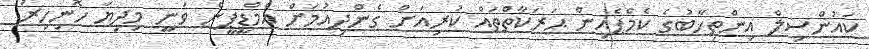
ކައުންސިލް އިންތިޚާބުގެ ކެމްޕެއިން ޙަރަކާތްތައް ކުރިއަށް ގެންދިއުމަށް އެމްޑީޕީން ވަނީ މިދިޔަ ހޮނިހިރު